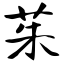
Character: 茱